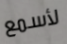
لأسمع